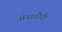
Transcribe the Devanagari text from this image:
मॅनागीरी